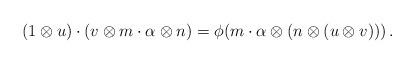
LaTeX: \begin{align*} (1 \otimes u) \cdot (v \otimes m\cdot \alpha \otimes n) = \phi( m \cdot \alpha \otimes (n \otimes (u \otimes v)))\,. \end{align*}